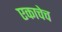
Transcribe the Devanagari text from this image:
एकाचेच